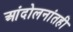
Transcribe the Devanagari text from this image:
आंदोलनांतही